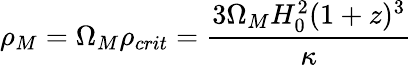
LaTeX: \rho_{M}=\Omega_{M}\rho_{crit}=\frac{3\Omega_{M}H_{0}^{2}(1+z)^{3}}{\kappa}